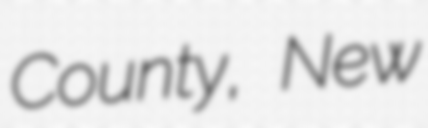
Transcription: County, New